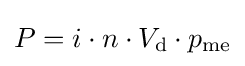
P=i\cdot n\cdot V_{\text{d}}\cdot p_{\text{me}}